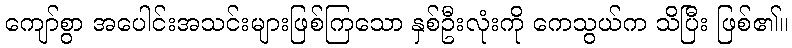
ကျော်စွာ အပေါင်းအသင်းများဖြစ်ကြသော နှစ်ဦးလုံးကို ကေသွယ်က သိပြီး ဖြစ်၏။